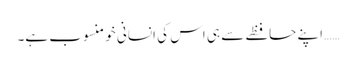
…… اپنے حافظے سے ہی اس کی انسانی خو منسوب ہے۔